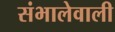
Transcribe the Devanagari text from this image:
संभालेवाली